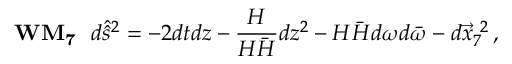
{ \bf W M _ { 7 } } \, \, \, \, d \hat { \hat { s } } { } ^ { 2 } = - 2 d t d z - \frac { H } { { \cal H } \bar { \cal H } } d z ^ { 2 } - { \cal H } \bar { \cal H } d \omega d \bar { \omega } - d \vec { x } _ { 7 } ^ { \ 2 } \, ,